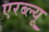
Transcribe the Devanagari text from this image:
एरब्ल्यू